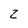
Character: z